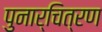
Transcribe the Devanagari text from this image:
पुनार्चित्रण